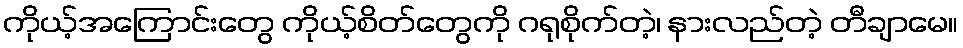
ကိုယ့်အကြောင်းတွေ ကိုယ့်စိတ်တွေကို ဂရုစိုက်တဲ့၊ နားလည်တဲ့ တီချာမေ။